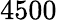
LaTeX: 4500